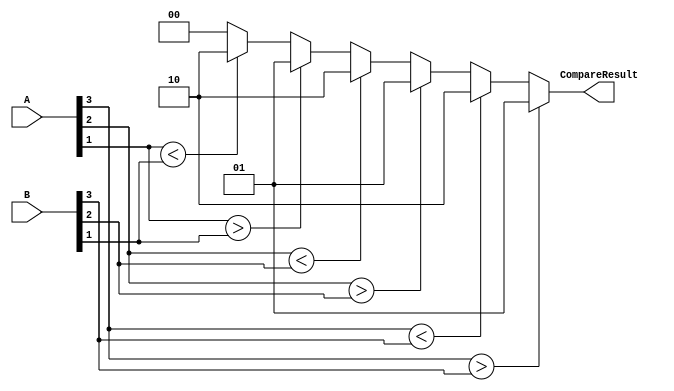
module positiveComparator (A,B, CompareResult);
input wire [3:0] A,B;
output wire [1:0] CompareResult;

assign CompareResult =
   (A[3] > B[3]) ? 2'b01: (A[3] < B[3])? 2'b10
 : (A[2] > B[2]) ? 2'b01: (A[2] < B[2])? 2'b10
 : (A[1] > B[1]) ? 2'b01: (A[1] < B[1])? 2'b10
 : 2'b00;

endmodule

module SecAlu( Result, overflow, A, B, mode, op);

output wire [3:0] Result;
output wire overflow;

input wire [3:0] A,B;
input wire [2:0] op;
input mode;
//mode=0 unsigned mode=1 signed

wire [1:0] CompareResult;
positiveComparator pc (A,B, CompareResult);

wire [3:0] B_negated;
assign B_negated=-B;

assign Result = 
 (op == 3'b 000) ? A+B 
:(op == 3'b 001) ? A-B 
:(op == 3'b 010) ? A<<1
:(op == 3'b 011) ? A>>1
:(op == 3'b 100) ? A>>>1
:(op == 3'b 101) ? -A
:(op == 3'b 110) ? (/*{2{1'b0}},*/CompareResult)
: 3'b000 ;
assign overflow = 
  (mode == 1'b1 && op==3'b000 && A[3] == B[3] && Result[3] ==~A[3])? 1'b1 //+
: (mode == 1'b1 && op==3'b001 && A[3] == B_negated[3] &&Result[3] == ~A[3])? 1'b1  //-
: 1'b0;  
  

endmodule 

module AluTestBench;
reg [3:0] A,B;
reg [2:0] op;
reg mode ;
wire overflow;
wire [3:0] Result;

initial
begin
mode=1;
A<=-3;
B<=7;
op=3'b000;
$monitor ("%b %b %b %b %b" ,A,B,op,Result, overflow);
#5
op =3'b 001;
#5
B<=7;

end
SecAlu myAlu( Result, overflow, A, B, mode, op);



endmodule